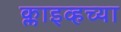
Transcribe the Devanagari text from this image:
क्लाइव्हच्या